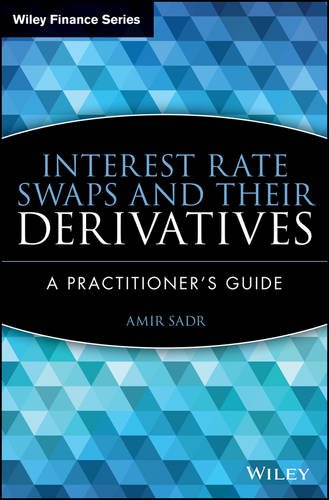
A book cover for Interest Rate Swaps and Their Derivatives: A Practitioner's Guide; Amir Sadr; Business & Money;